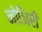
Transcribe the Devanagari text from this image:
नोजिरी